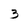
Character: 3